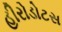
હીરોડોટસ